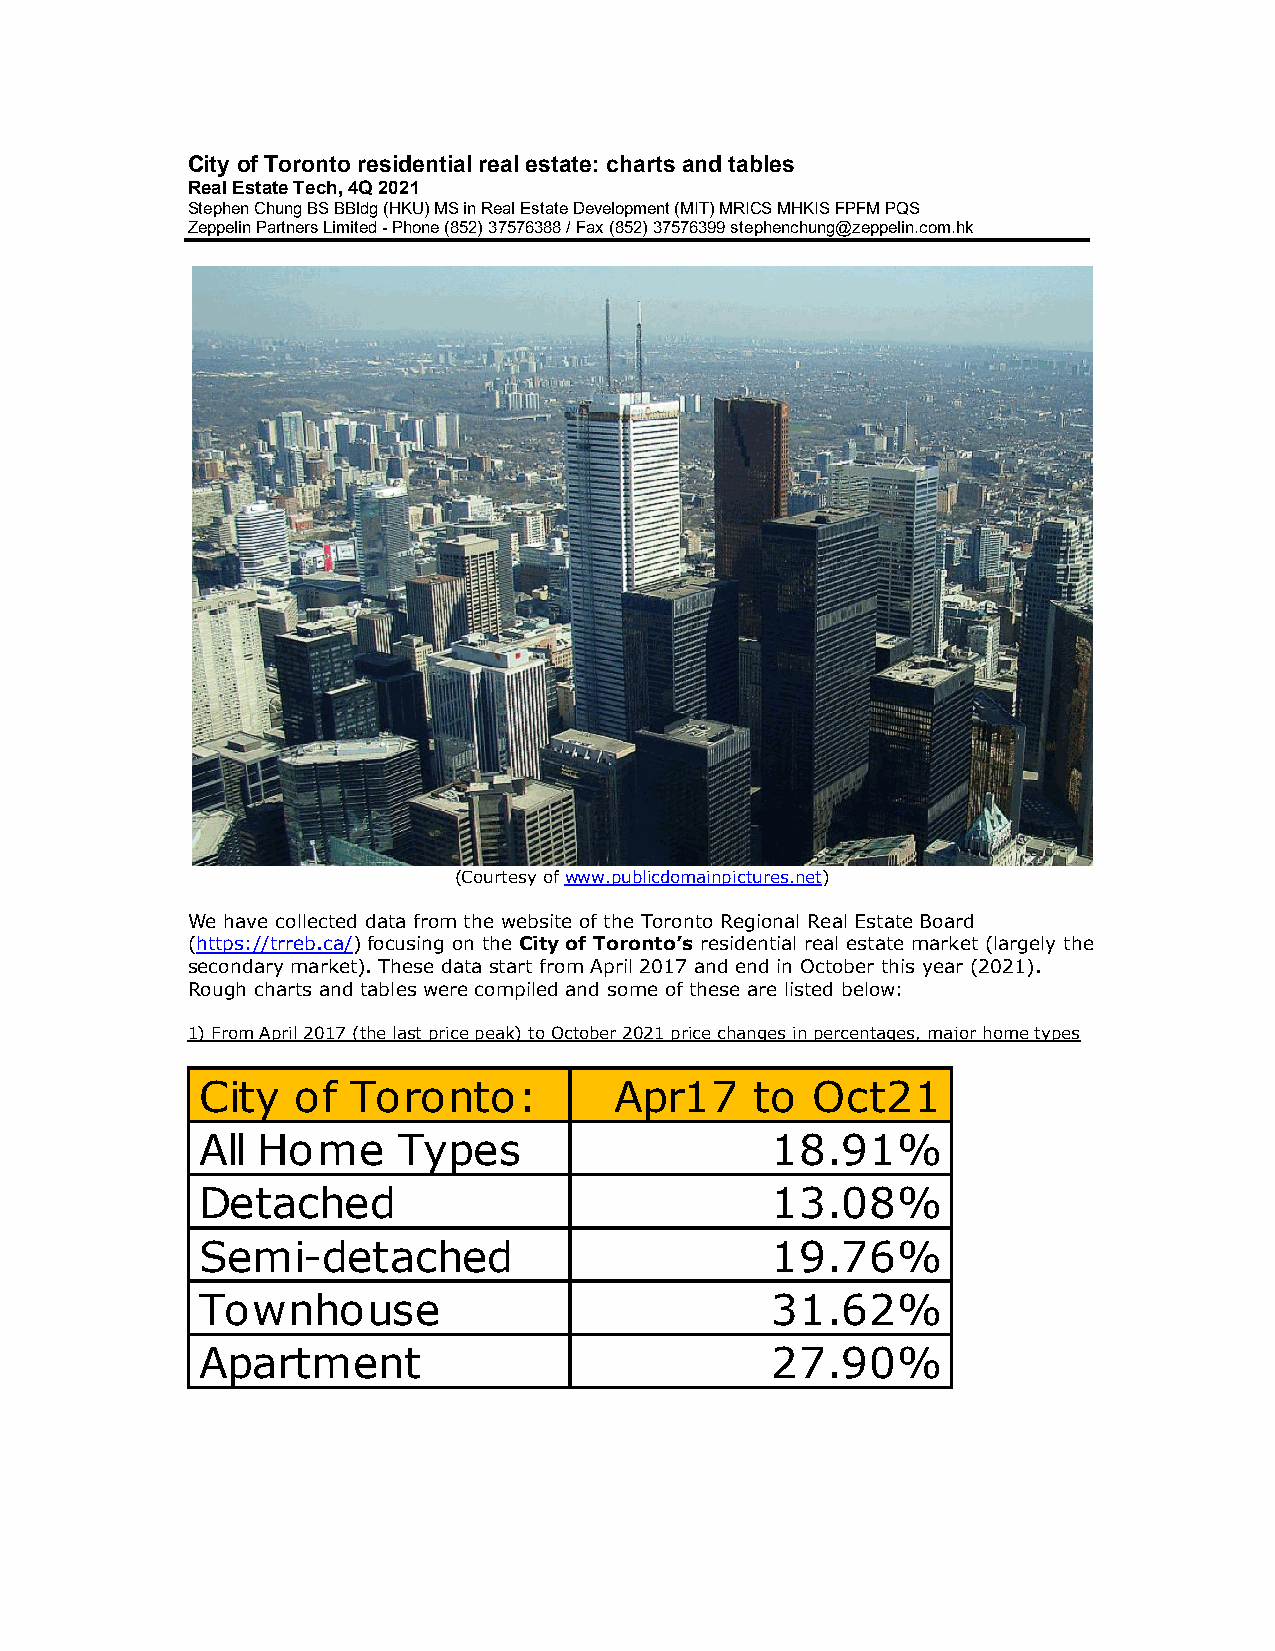
City of Toronto residential real estate: charts and tables
 Real Estate Tech, 4Q 2021
 Stephen Chung BS BBldg (HKU) MS in Real Estate Development (MIT) MRICS MHKIS FPFM PQS
 Zeppelin Partners Limited - Phone (852) 37576388 / Fax (852) 37576399 stephenchung@zeppelin.com.hk
 (Courtesy of www.publicdomainpictures.net)
 We have collected data from the website of the Toronto Regional Real Estate Board
 (https://trreb.ca/) focusing on the City of Toronto’s residential real estate market (largely the
 secondary market). These data start from April 2017 and end in October this year (2021).
 Rough charts and tables were compiled and some of these are listed below:
 1) From April 2017 (the last price peak) to October 2021 price changes in percentages, major home types
 City  of  Toronto:          Apr17    to  Oct21
 All Home     Types                    18.91%
 Detached                              13.08%
 Semi-detached                         19.76%
 Townhouse                             31.62%
 Apartment                             27.90%